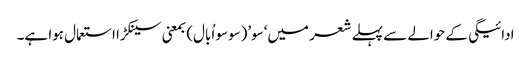
ادائیگی کے حوالے سے پہلے شعر میں‘سو’(سوسو اُبال) بمعنی سینکڑا استعمال ہوا ہے۔